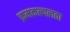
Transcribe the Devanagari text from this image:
क्रमकल्पलता